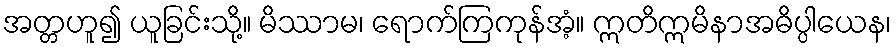
အတ္တဟူ၍ ယူခြင်းသို့။ မိဿာမ၊ ရောက်ကြကုန်အံ့။ ဣတိဣမိနာအဓိပ္ပါယေန၊